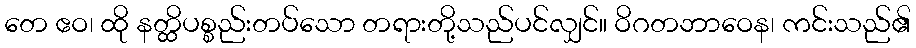
တေ ဧဝ၊ ထို နတ္ထိပစ္စည်းတပ်သော တရားတို့သည်ပင်လျှင်။ ဝိဂတဘာဝေန၊ ကင်းသည်၏